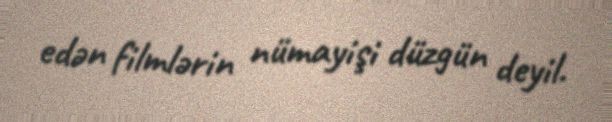
edən filmlərin nümayişi düzgün deyil.